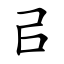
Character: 㠯